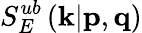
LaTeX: S_{E}^{ub}\left(\textit{\textbf{k}}|\textit{\textbf{p}},\textit{\textbf{q}}\right)